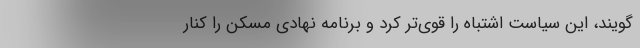
گویند، این سیاست اشتباه را قوی‌تر کرد و برنامه نهادی مسکن را کنار